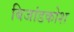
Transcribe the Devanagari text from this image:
बिजांडकोश